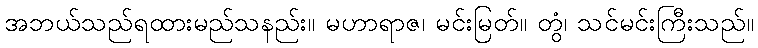
အဘယ်သည်ရထားမည်သနည်း။ မဟာရာဇ၊ မင်းမြတ်။ တွံ၊ သင်မင်းကြီးသည်။